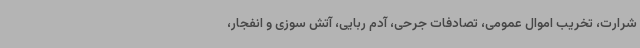
شرارت، تخریب اموال عمومی، تصادفات جرحی، آدم ربایی، آتش سوزی و انفجار،